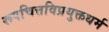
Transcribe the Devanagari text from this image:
रूपचित्तविप्रयुक्तधर्म